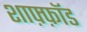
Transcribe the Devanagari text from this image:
शाफ़्फ़ॉड